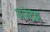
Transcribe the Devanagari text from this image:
अजेद्रेझ